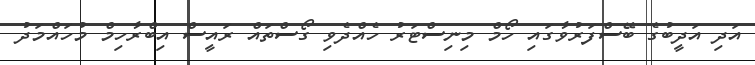
އަދި އަދީބުގެ ބޭސްފަރުވާގައި ހޯމް މިނިސްޓަރު ހެއްދެވި ގޯސްތައް ރައީސް އިބްރާހިމް މުހައްމަދު